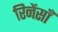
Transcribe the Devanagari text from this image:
रिनेंसाँ